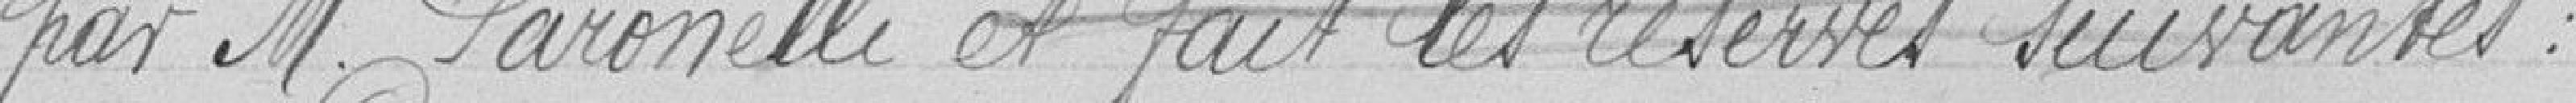
par Monsieur PARONNELLI et fait les réserves suivantes :